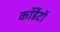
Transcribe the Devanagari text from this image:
कॉर्डेटों